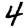
Digit: 4